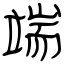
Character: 端